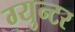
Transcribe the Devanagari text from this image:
ग्युन्टर